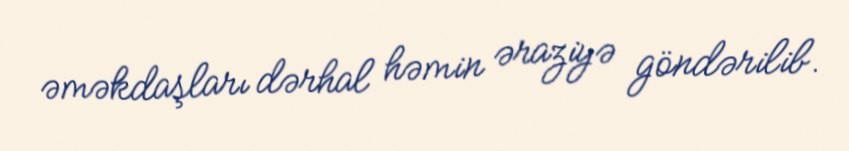
əməkdaşları dərhal həmin əraziyə göndərilib.